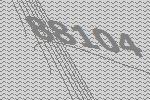
88104